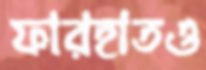
ফারহাতও